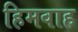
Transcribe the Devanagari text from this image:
हिमवाह